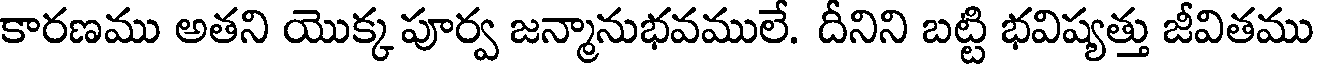
కారణము అతని యొక్క పూర్వ జన్మానుభవములే. దీనిని బట్టి భవిష్యత్తు జీవితము